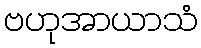
ဗဟုအာယာသံ